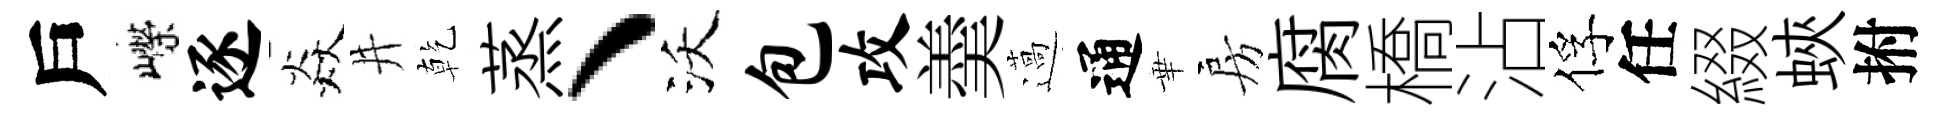
戶嶸逐焱井乾蒸、沃包攻羮薖通華房腐橋沾俘任綴蛺拊